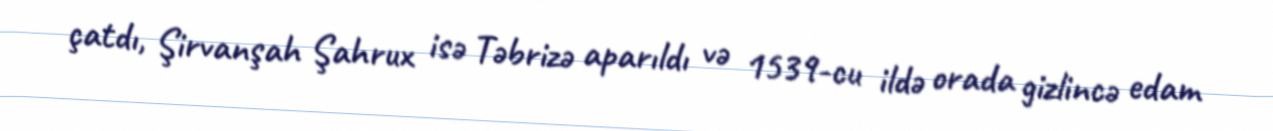
çatdı, Şirvanşah Şahrux isə Təbrizə aparıldı və 1539-cu ildə orada gizlincə edam